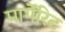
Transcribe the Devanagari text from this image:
मार्गेरिट